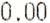
0.00